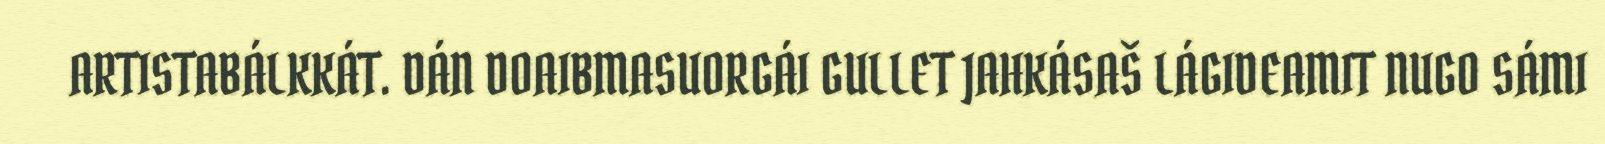
ARTISTABÁLKKÁT. DÁN DOAIBMASUORGÁI GULLET JAHKÁSAŠ LÁGIDEAMIT NUGO SÁMI